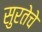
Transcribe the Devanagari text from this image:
सुरतेचे